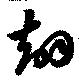
翅